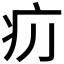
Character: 𤴮